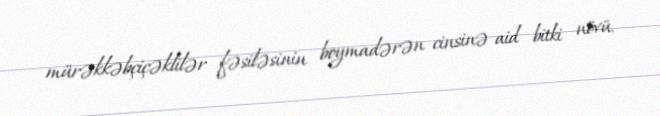
mürəkkəbçiçəklilər fəsiləsinin boymadərən cinsinə aid bitki növü.